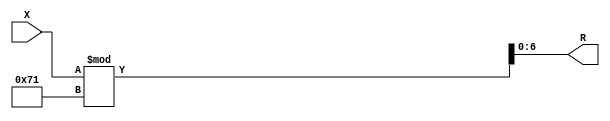
module x_400_mod_113_reg(
    input [400:1] X,
    output [7:1] R
    );


assign R = X % 113;

endmodule